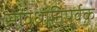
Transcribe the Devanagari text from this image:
सावधानिपूर्वक